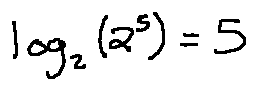
\log _ { 2 } ( 2 ^ { 5 } ) = 5